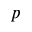
p